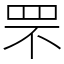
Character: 罘